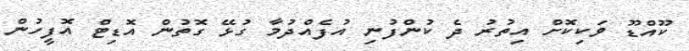
ކޫއްޑޫ ވަކިކޮށް އިތުރު ދެ ކުންފުނި އުފެއްދުމާ ގުޅޭ ގޮތުން އޮޑިޓް އޮފީހުން